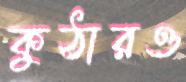
কুঠারও